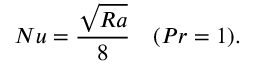
N u = \frac { \sqrt { R a } } { 8 } \quad ( P r = 1 ) .